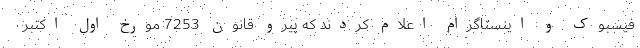
فیسبوک و اینستاگرام اعلام کردند که پیرو قانون 7253 مورخ اول اکتبر